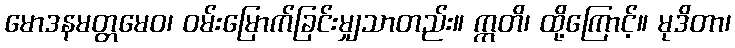
မောဒနမတ္တမေဝ၊ ဝမ်းမြောက်ခြင်းမျှသာတည်း။ ဣတိ၊ ထို့ကြောင့်။ မုဒိတာ၊